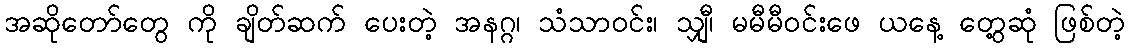
အဆိုတော်တွေ ကို ချိတ်ဆက် ပေးတဲ့ အနဂ္ဂ၊ သံသာဝင်း၊ သျှီ၊ မမီမီဝင်းဖေ ယနေ့ တွေ့ဆုံ ဖြစ်တဲ့